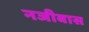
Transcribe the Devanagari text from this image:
नजीबास